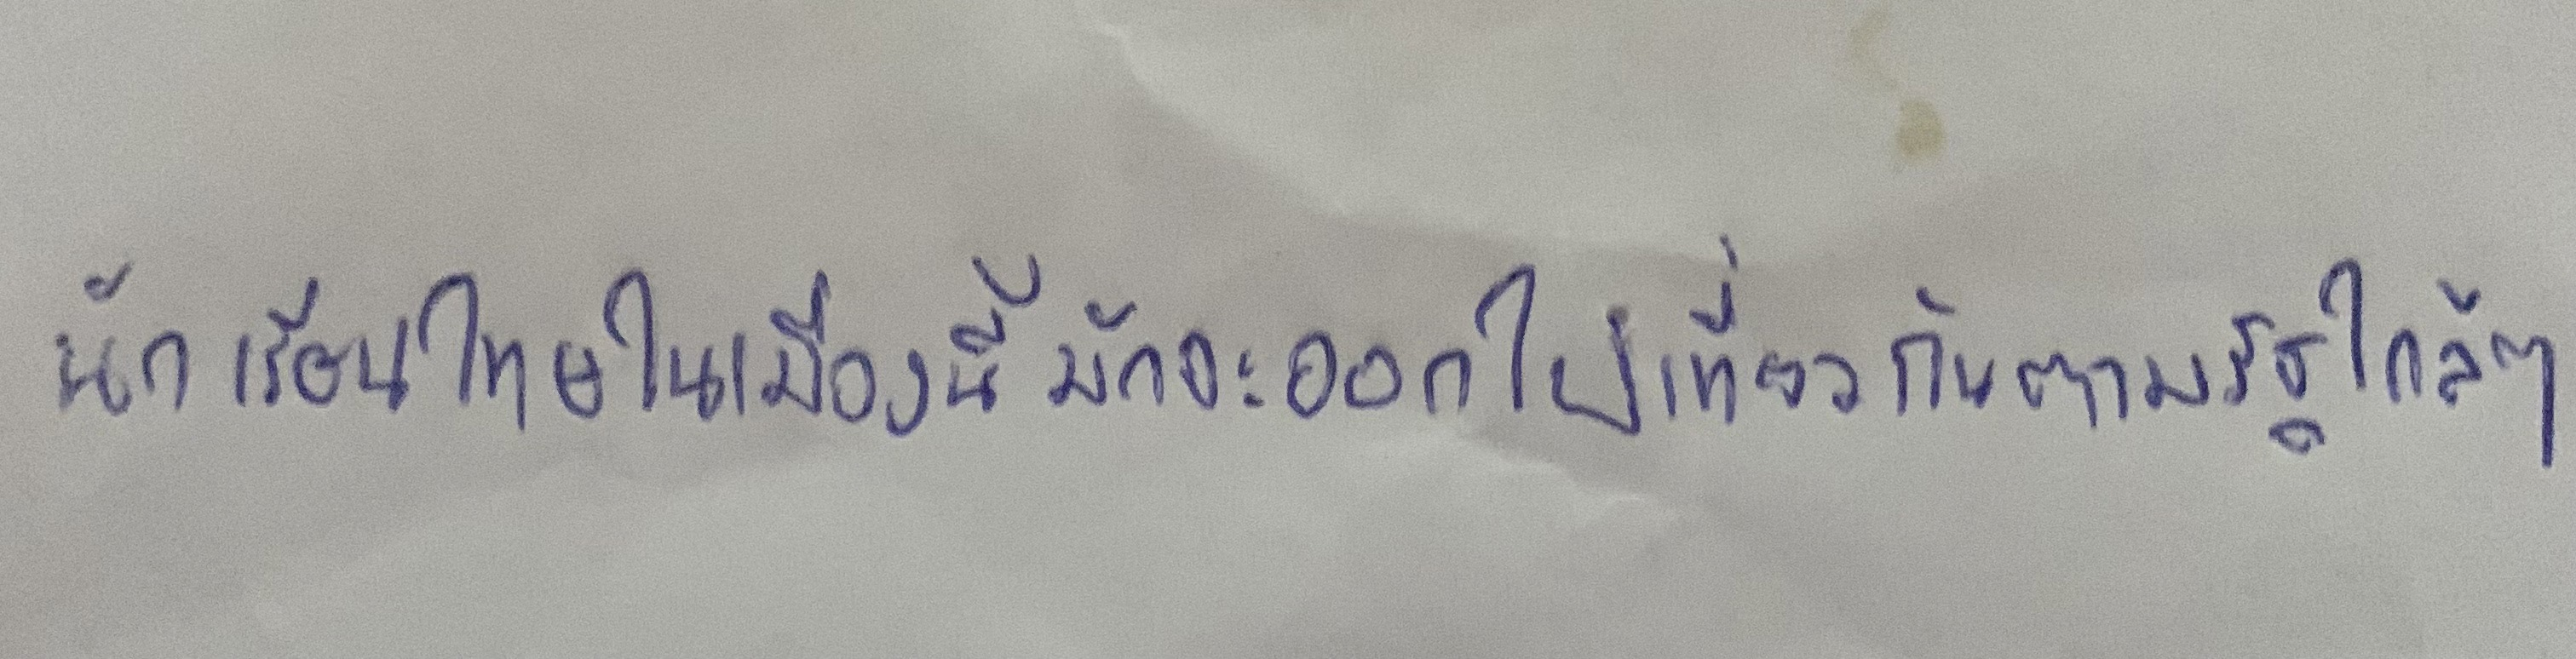
นักเรียนไทยในเมืองนี้มักจะออกไปเที่ยวกันตามรัฐใกล้ๆ